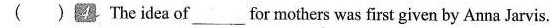
( )2 The idea of__for mothers was first given by Anna Jarvis. A. a child B. A week C. A day D.a flower ( )"Saying thanks to their mothers." means_ A. ask their fathers to spend a lot of money for their mothers B.ask their mothers to have a rest C. spend much money buying presents for their mothers D. spend some time telling mothers that they lov